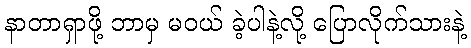
နာတာရှာဖို့ ဘာမှ မဝယ် ခဲ့ပါနဲ့လို့ ပြောလိုက်သားနဲ့